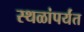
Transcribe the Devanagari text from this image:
स्थळांपर्यंत